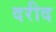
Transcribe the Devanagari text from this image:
दरीद